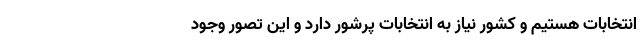
انتخابات هستیم و کشور نیاز به انتخابات پرشور دارد و این تصور وجود